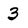
Character: 3